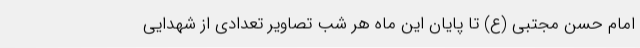
امام حسن مجتبی (ع) تا پایان این ماه هر شب تصاویر تعدادی از شهدایی